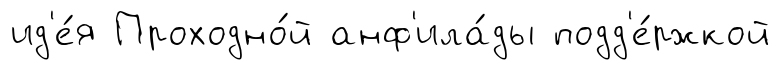
ид'е́я Проходно́й анф'ила́ды подд'е́ржкой